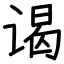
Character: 谒